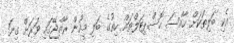
އެކި ބަލިތަކަށް ހާއްސަ ހޮސްޕިޓަލްތައް ހިތުގެ ބަލި މީހުން ރާއްޖޭގައި ވަރަށް ގިނަ